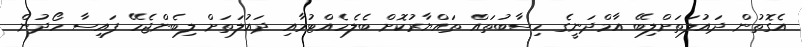
އެގޮތުން ދައުލަތަށްލިބޭ އާމްދަނީގެ ހިސާބުތައް ތައްޔާރުކޮށް ބެލެހެއްޓުމާއި ދައުލަތަށް ލިބެންޖެހޭ ފައިސާ ހޯދުން